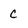
Character: C